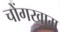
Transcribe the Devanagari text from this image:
चोंगखाम